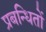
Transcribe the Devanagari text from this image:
प्रबन्धितों